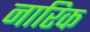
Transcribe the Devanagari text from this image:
नारिक